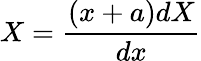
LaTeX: X={\frac{(x+a)dX}{dx}}